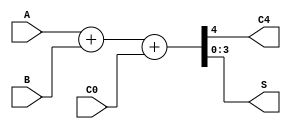
module SN74LS83(A, B, C0, C4, S);
   input [3:0] A;
   input [3:0] B;
   input C0;
   output C4;
   output [3:0] S;

   assign {C4, S} = A + B + C0;
endmodule

module SN74LS83_tb;
   `ifdef SN74LS83_test
   reg [3:0] a;
   reg [3:0] b;
   reg carry_in;
   wire carry_out;
   wire [3:0] sum;
   integer myseed;

   SN74LS83 DUT(a, b, carry_in, carry_out, sum);

   initial
     begin
        $dumpfile("SN74LS83.vcd");
        $dumpvars(0, SN74LS83_tb);
        repeat (20)
          begin
             a = $random(myseed) % 16;
             b = $random(myseed) % 16;
             carry_in = $random(myseed) % 2;
             #2;
             $display ("%2d + %2d + %2d = %2d, Carry = %2d", a, b, carry_in, sum+16*carry_out, carry_out);
          end
     end
   initial myseed = 314;
   `endif
endmodule